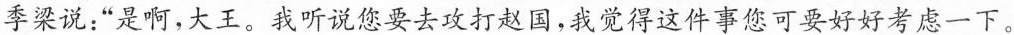
季梁说：”是啊，大王。我听说您要去攻打赵国，我觉得这件事您可要好好考虑一下。